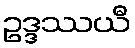
ဥဒ္ဒဿယီ